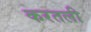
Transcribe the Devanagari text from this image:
करतली